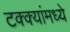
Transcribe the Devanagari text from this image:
टक्‍क्‍यांमध्ये